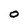
Character: O